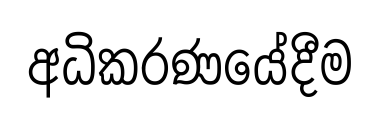
අධිකරණයේදීම